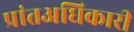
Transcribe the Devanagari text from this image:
प्रांतअधिकारी